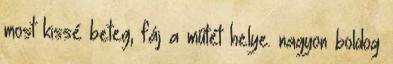
most kissé beteg, fáj a műtét helye. nagyon boldog